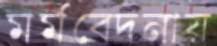
মর্মবেদনায়